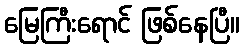
မြေကြီးရောင် ဖြစ်နေပြီ။